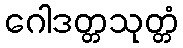
ဂေါဒတ္တသုတ္တံ